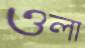
ওলা